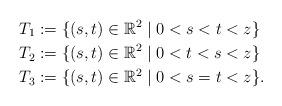
LaTeX: \begin{align*}T_1&:=\{(s,t)\in\mathbb{R}^2\mid 0<s<t<z\}\\T_2&:=\{(s,t)\in\mathbb{R}^2\mid 0<t<s<z\}\\T_3&:=\{(s,t)\in\mathbb{R}^2\mid 0<s=t<z\}.\end{align*}